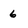
Character: 6